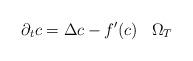
LaTeX: \begin{align*} \partial_tc = \Delta c - f^\prime(c)\;\;\;\Omega_T \end{align*}